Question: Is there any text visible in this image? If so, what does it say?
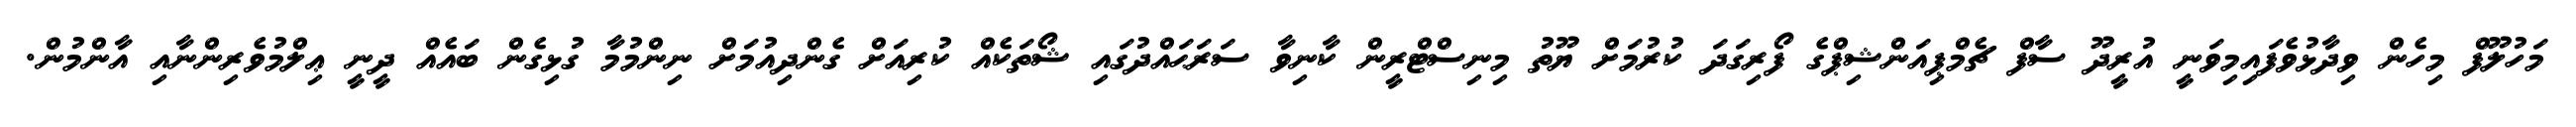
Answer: މަހުލޫފް މިހެން ވިދާޅުވެފައިމިވަނީ އުރީދޫ ސާފް ޗެމްޕިއަންޝިޕްގެ ފޯރިގަދަ ކުރުމަށް ޔޫތު މިނިސްޓްރީން ކާނިވާ ސަރަޙައްދުގައި ޝޯތަކެއް ކުރިއަށް ގެންދިއުމަށް ނިންމުމާ ގުޅިގެން ބައެއް ދީނީ ޢިލްމުވެރިންނާއި އާންމުން.